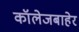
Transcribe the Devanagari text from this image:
कॉलेजबाहेर